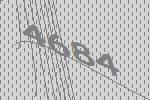
4684